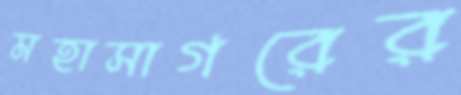
মহাসাগরের